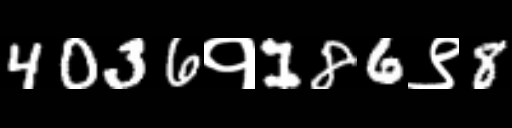
Text: 4036१186९8